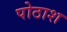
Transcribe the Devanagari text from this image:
पोठाश